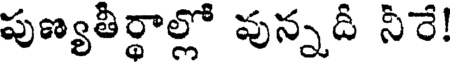
పుణ్యతీర్థాల్లో వున్నదీ నీరే!